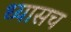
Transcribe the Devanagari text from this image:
ध्यासच